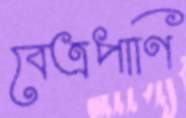
বেত্রপাণি